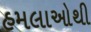
હમલાઓથી